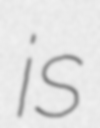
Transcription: is